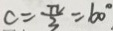
c = \frac { \pi } { 3 } = 6 0 ^ { \circ }